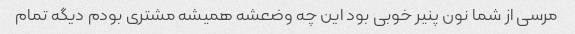
مرسی از شما نون پنیر خوبی بود این چه وضعشه همیشه مشتری بودم دیگه تمام